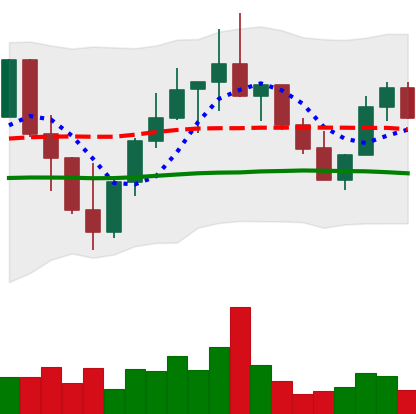
Ticker: LINK-USD
Chart end date: 2022-10-06
Forward return: -6.66%
Label: down_5_7